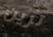
ترين